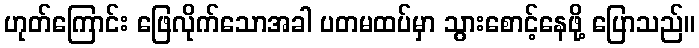
ဟုတ်ကြောင်း ဖြေလိုက်သောအခါ ပတမထပ်မှာ သွားစောင့်နေဖို့ ပြောသည်။